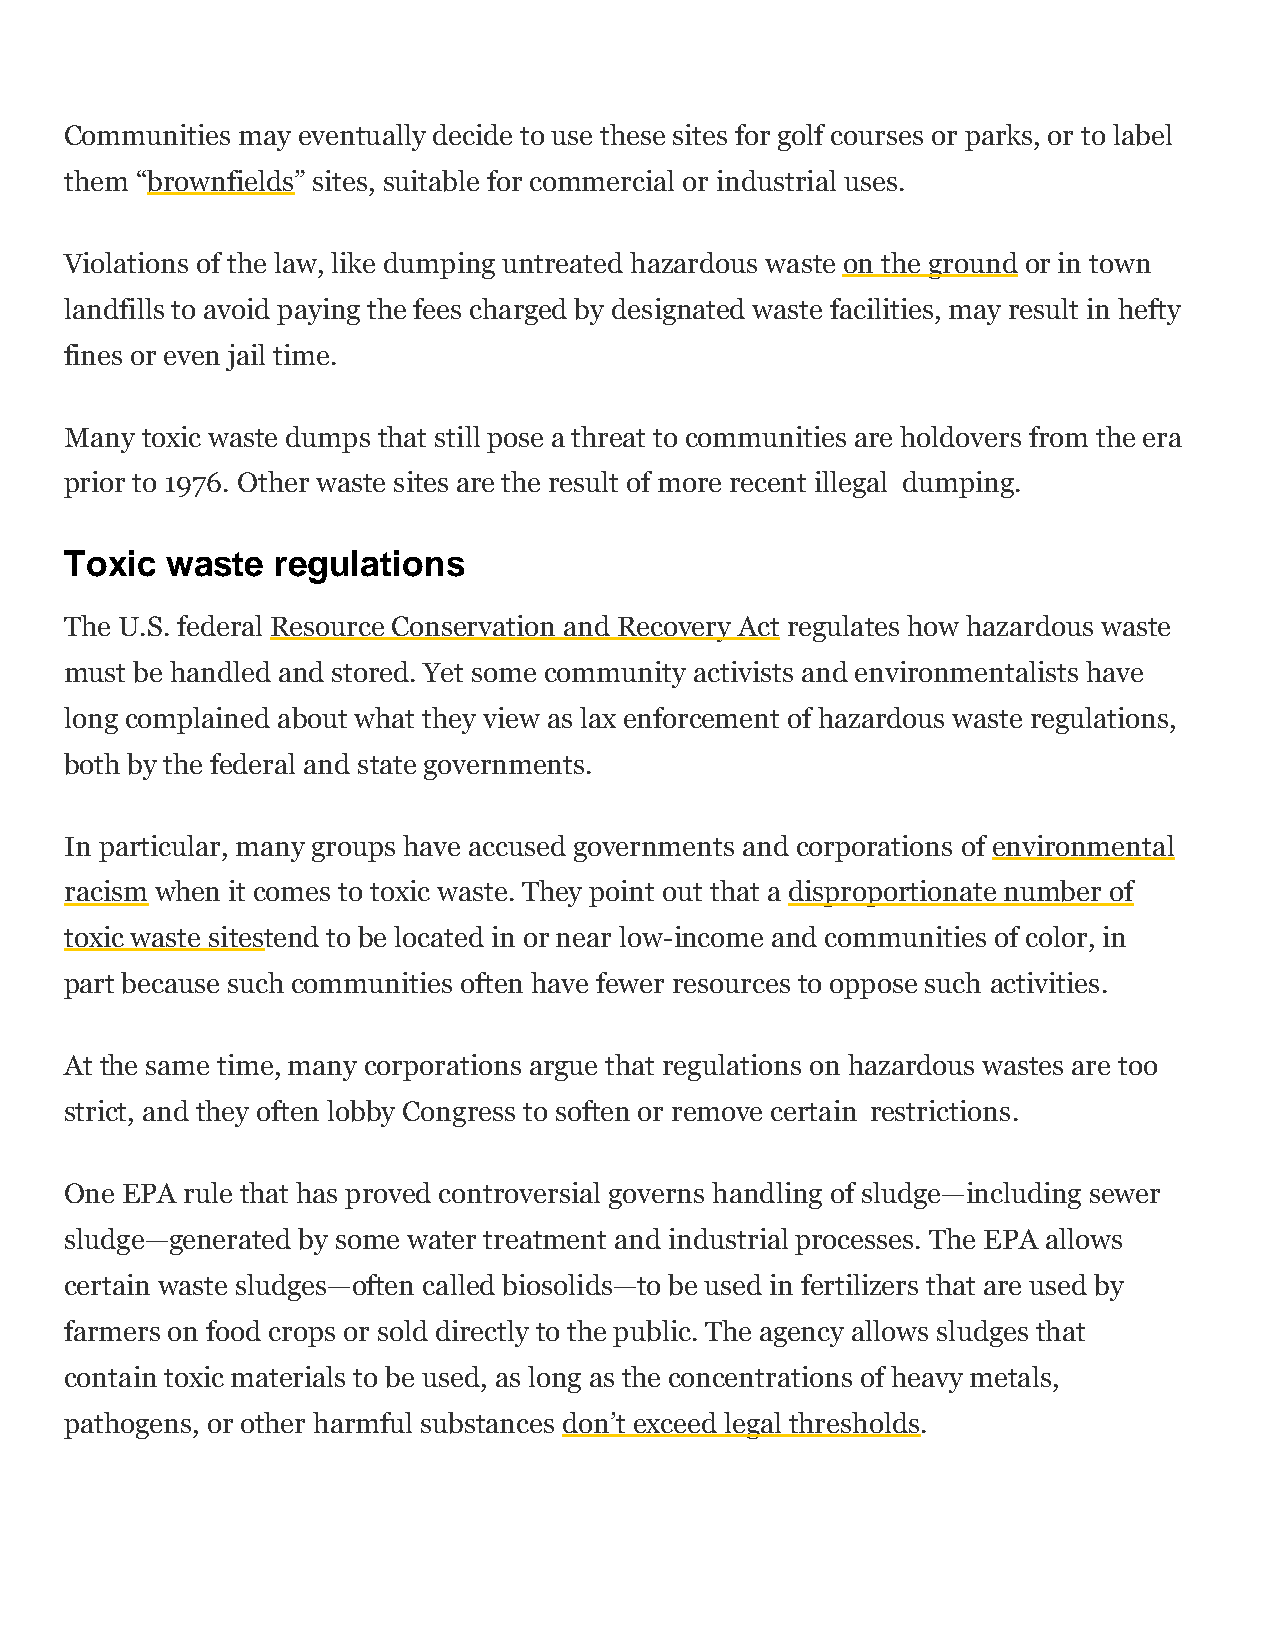
Communities may eventually decide to use these sites for golf courses or parks, or to label
 them “brownfields” sites, suitable for commercial or industrial uses.
 Violations of the law, like dumping untreated hazardous waste on the ground or in town
 landfills to avoid paying the fees charged by designated waste facilities, may result in hefty
 fines or even jail time.
 Many toxic waste dumps that still pose a threat to communities are holdovers from the era
 prior to 1976. Other waste sites are the result of more recent illegal dumping.
 Toxic  waste  regulations
 The U.S. federal Resource Conservation and Recovery Act regulates how hazardous waste
 must be handled and stored. Yet some community activists and environmentalists have
 long complained about what they view as lax enforcement of hazardous waste regulations,
 both by the federal and state governments.
 In particular, many groups have accused governments and corporations of environmental
 racism when it comes to toxic waste. They point out that a disproportionate number of
 toxic waste sitestend to be located in or near low-income and communities of color, in
 part because such communities often have fewer resources to oppose such activities.
 At the same time, many corporations argue that regulations on hazardous wastes are too
 strict, and they often lobby Congress to soften or remove certain restrictions.
 One EPA rule that has proved controversial governs handling of sludge—including sewer
 sludge—generated by some water treatment and industrial processes. The EPA allows
 certain waste sludges—often called biosolids—to be used in fertilizers that are used by
 farmers on food crops or sold directly to the public. The agency allows sludges that
 contain toxic materials to be used, as long as the concentrations of heavy metals,
 pathogens, or other harmful substances don’t exceed legal thresholds.